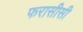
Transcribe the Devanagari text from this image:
फरासीसी